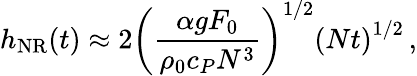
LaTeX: h_{\mathrm{NR}}(t)\approx 2\left(\frac{\alpha gF_{0}}{\rho_{0}c_{P}N^{3}}\right)^{1/2}\left(Nt\right)^{1/2}\, ,